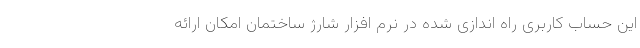
این حساب کاربری راه اندازی شده در نرم افزار شارژ ساختمان امکان ارائه